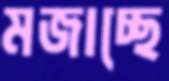
মজাচ্ছে